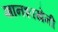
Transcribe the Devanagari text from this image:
ज्ञानशाखेनी